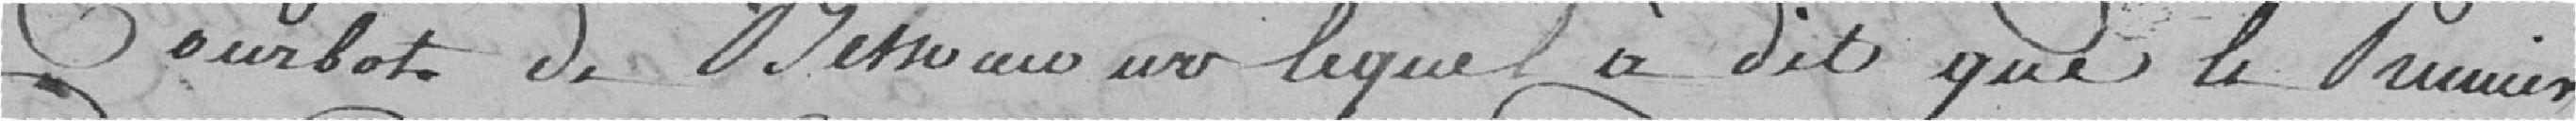
Courbot de Bethoncourt lequel a dit que le premier